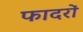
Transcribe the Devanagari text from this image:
फादरों